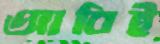
আবিই